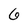
Character: 6